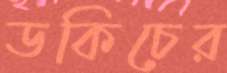
ডকিচের